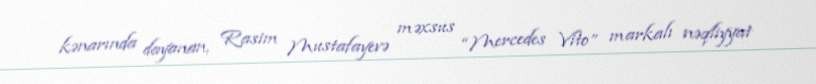
kənarında dayanan, Rasim Mustafayevə məxsus “Mercedes Vito” markalı nəqliyyat